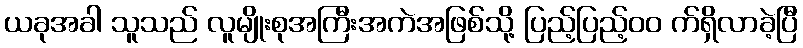
ယခုအခါ သူသည် လူမျိုးစုအကြီးအကဲအဖြစ်သို့ ပြည့်ပြည့်၀၀ က်ရှိလာခဲ့ပြီ